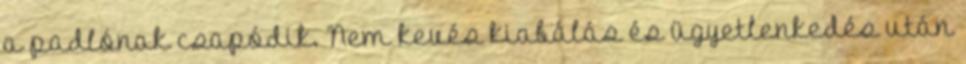
a padlónak csapódik. Nem kevés kiabálás és ügyetlenkedés után